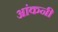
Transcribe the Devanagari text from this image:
आंकनी